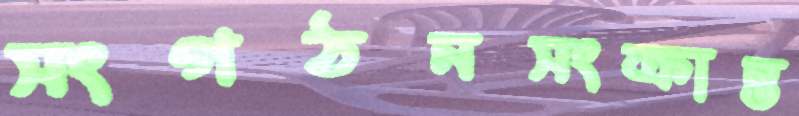
সংগঠনসংক্রান্ত